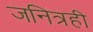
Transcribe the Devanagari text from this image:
जनित्रही